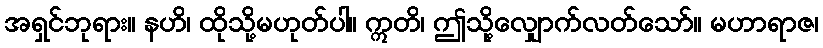
အရှင်ဘုရား။ နဟိ၊ ထိုသို့မဟုတ်ပါ။ ဣတိ၊ ဤသို့လျှောက်လတ်သော်။ မဟာရာဇ၊